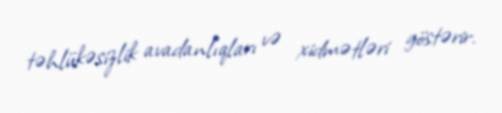
təhlükəsizlik avadanlıqları və xidmətləri göstərir.